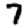
Digit: 7